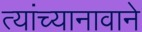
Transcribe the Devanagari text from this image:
त्यांच्यानावाने